Report on sanitation, dispensaries, and jails in Rajputana for 1915, and on vaccination for the year 1915-1916 - 1915-1916
Year: 1915
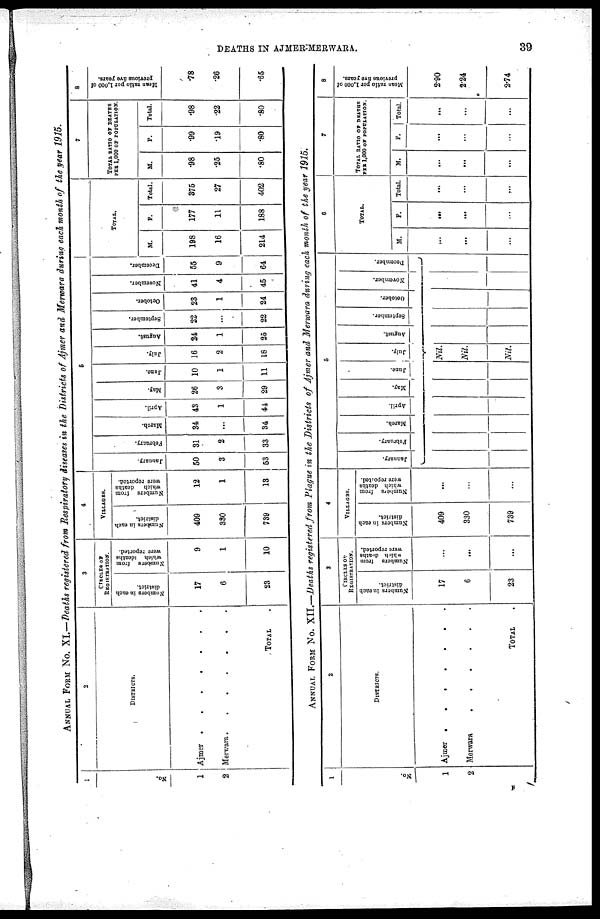
DEATHS IN AJMER-MERWARA.
39
ANNUAL FORM No. XI.—Deaths registered from Respiratory diseases in the Districts of Ajmer and Merwara during each month of the year 1915.
1
No.
1
2
2
DISTRICT.
Ajmer . . . . . . .
Merwara
.
.
.
.
.
.
.
TOTAL .
3
CIRCLES OF
REGISTRATION.
Numbers
in each
district.
17
6
23
Numbers from
which
deaths
were reported.
9
1
10
4
VILLAGES.
Numbers in each
district.
409
330
739
Numbers from
which
deaths
were reported.
12
1
13
5
January.
50
3
53
February.
31
2
33
March.
34
...
34
April.
43
1
44
May.
26
3
29
June.
10
1
11
July.
16
2
18
August.
24
1
25
September.
22
...
22
October.
23
1
24
November.
41
4
45
December.
55
9
64
TOTAL.
M.
198
16
214
F.
177
11
188
Total.
375
27
402
7
TOTAL RATIO OF DEATHS
PER 1,000 OF POPULATION.
M.
.98
.25
.80
F.
.99
.19
.80
Total.
.98
.22
.80
8
Mean ratio per 1,000 of
previous fire years.
.78
.26
.65
ANNUAL FORM No. XII.—Deaths registered from Plague in the Districts of Ajmer and Merwara during each month of the year 1915.
1
No.
1
2
2
DISTRICTS.
Ajmer . . . . . . .
Merwara . . . . . . .
TOTAL .
3
CIRCLES OF
REGISTRATION.
Numbers in each
district.
17
6
23
Numbers from
which deaths
were reported.
...
...
...
4
VILLAGES.
Numbers in each
district.
409
330
739
Numbers from
which deaths
were reported.
...
...
...
5
January.
February.
March.
April.
May.
June.
July.
August.
September.
October.
November.
December.
Nil.
Nil.
Nil.
6
TOTAL.
M.
...
...
...
F.
...
...
...
Total.
...
...
...
7
TOTAL RATIO OF DEATHS
PER 1,000 OF POPULATION.
M.
...
...
...
F.
...
...
...
Total.
...
...
...
8
Mean ratio per 1,000 of
previous five years.
2.90
2.24
2.74
F